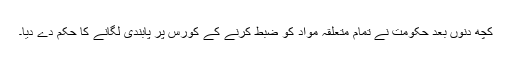
کچھ دنوں بعد حکومت نے تمام متعلقہ مواد کو ضبط کرنے کے کورس پر پابندی لگانے کا حکم دے دیا۔